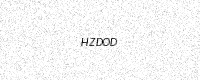
Text: HZDOD